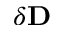
\delta { \bf D }